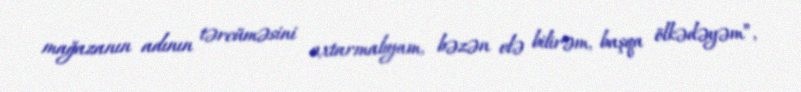
mağazanın adının tərcüməsini axtarmalıyam, bəzən elə bilirəm, başqa ölkədəyəm”,